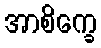
အာစိက္ခေ